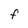
Character: F